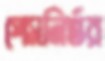
পেসনির্ভর